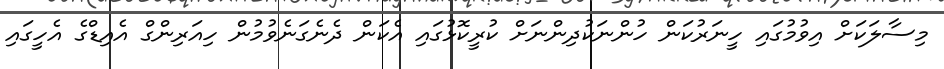
މިސާލަކަށް އިވުމުގައި ހީނަރުކަން ހުންނަކުދިންނަށް ކުރީކޮޅުގައި އެކަން ދެނެގަނެވުމުން ހިއަރިންގް އެއިޑްގެ އެހީގައި